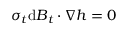
\boldsymbol { \sigma } _ { t } \mathrm { d } \boldsymbol { B } _ { t } \boldsymbol { \cdot } \boldsymbol { \nabla } h = 0